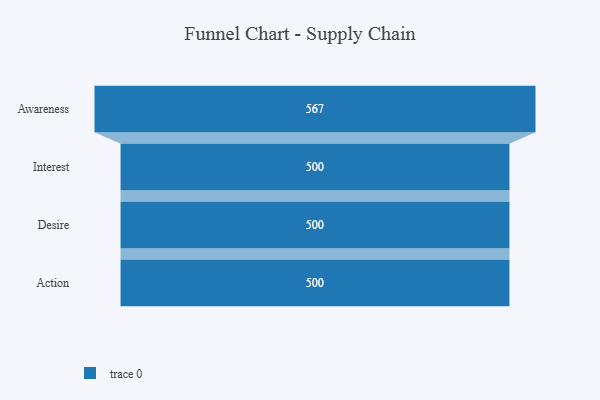
{"axis": {"x": "Stage", "y": "Value"}, "legend": [""], "data": [{"x": "Awareness", "y": 567.0, "type": ""}, {"x": "Interest", "y": 500, "type": ""}, {"x": "Desire", "y": 500, "type": ""}, {"x": "Action", "y": 500, "type": ""}]}